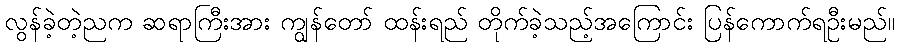
လွန်ခဲ့တဲ့ညက ဆရာကြီးအား ကျွန်တော် ထန်းရည် တိုက်ခဲ့သည့်အကြောင်း ပြန်ကောက်ရဦးမည်။